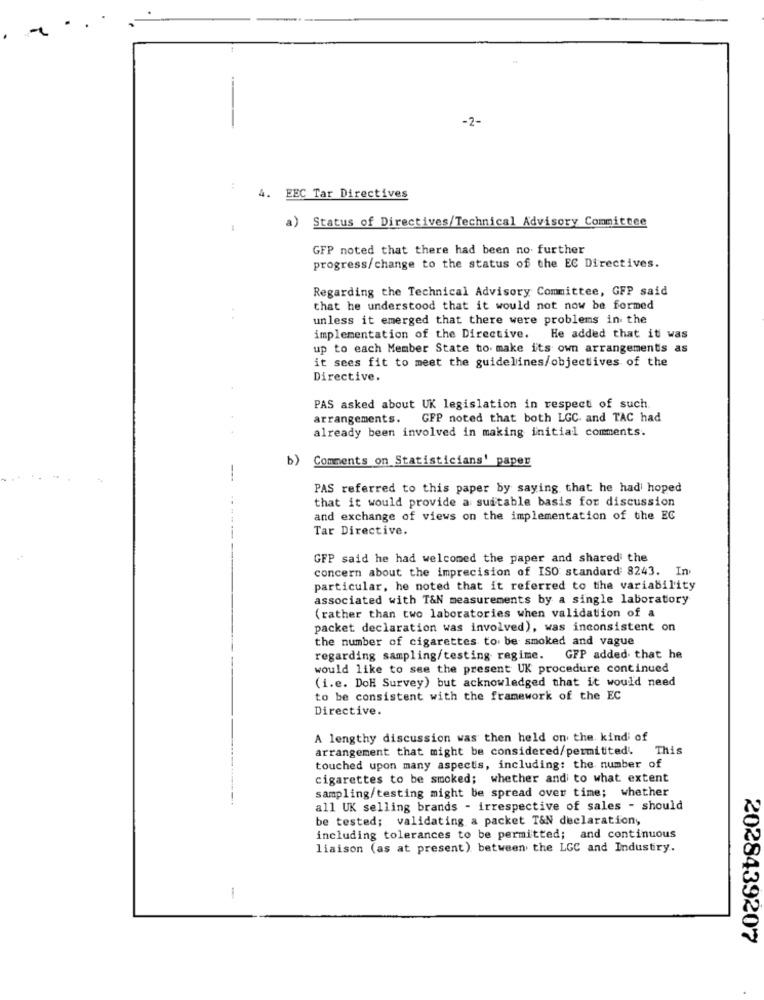
-2-
4. EEC Tar Directives
Status of Directives/Technical Advisory Committee
a)
GFP noted that there had been no further
progress/change to the status of the EC Directives.
Regarding the Technical Advisory Committee, GFP said
that he understood that it would not now be formed
unless it emerged that there were problems in the
implementation of the Directive. He added that it was
up to each Member State to make its own arrangements as
it sees fit to meet the guidelines/objectives of the
Directive.
PAS asked about UK legislation in respect of such
arrangements. GFP noted that both LGC. and TAC had
already been involved in making initial comments.
b)
Comments on Statisticians' paper
PAS referred to this paper by saying that he had hoped
that it would provide a suitable basis for discussion
and exchange of views on the implementation of the EC
Tar Directive.
GFP said he had welcomed the paper and shared the
concern about the imprecision of ISO standard 8243. In
particular, he noted that it referred to the variability
associated with T&N measurements by a single laboratory
(rather than two laboratories when validation of a
packet declaration was involved), was inconsistent on
the number of cigarettes to be smoked and vague
regarding sampling/testing regime. GFP added that he
would like to see the present UK procedure continued
(i.e. DoH Survey) but acknowledged that it would need
to be consistent with the framework of the EC
Directive.
A lengthy discussion was then held on the kind of
arrangement that might be considered/permitted. This
touched upon many aspects, including: the number of
cigarettes to be smoked; whether and to what extent
sampling/testing might be spread over time; whether
all UK selling brands - irrespective of sales - should
be tested; validating a packet T&N declaration,
including tolerances to be permitted; and continuous
liaison (as at present) between the LGC and Industry.
-
2028439207